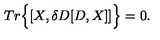
T r \Big \{ [ X , \delta D [ D , X ] ] \Big \} = 0 .